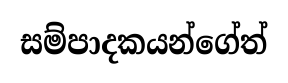
සම්පාදකයන්ගේත්